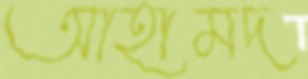
আহামদ